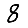
Digit: 8